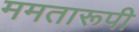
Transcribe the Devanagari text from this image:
ममतारूपी